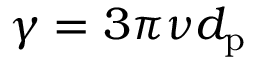
\gamma = 3 \pi \nu d _ { \mathrm { p } }